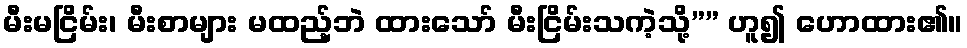
မီးမငြိမ်း၊ မီးစာများ မထည့်ဘဲ ထားသော် မီးငြိမ်းသကဲ့သို့”” ဟူ၍ ဟောထား၏။